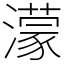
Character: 濛